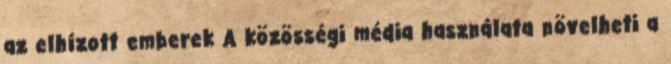
az elhízott emberek A közösségi média használata növelheti a